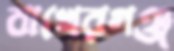
বাখেরগঞ্জ